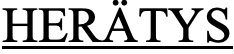
HERÄTYS